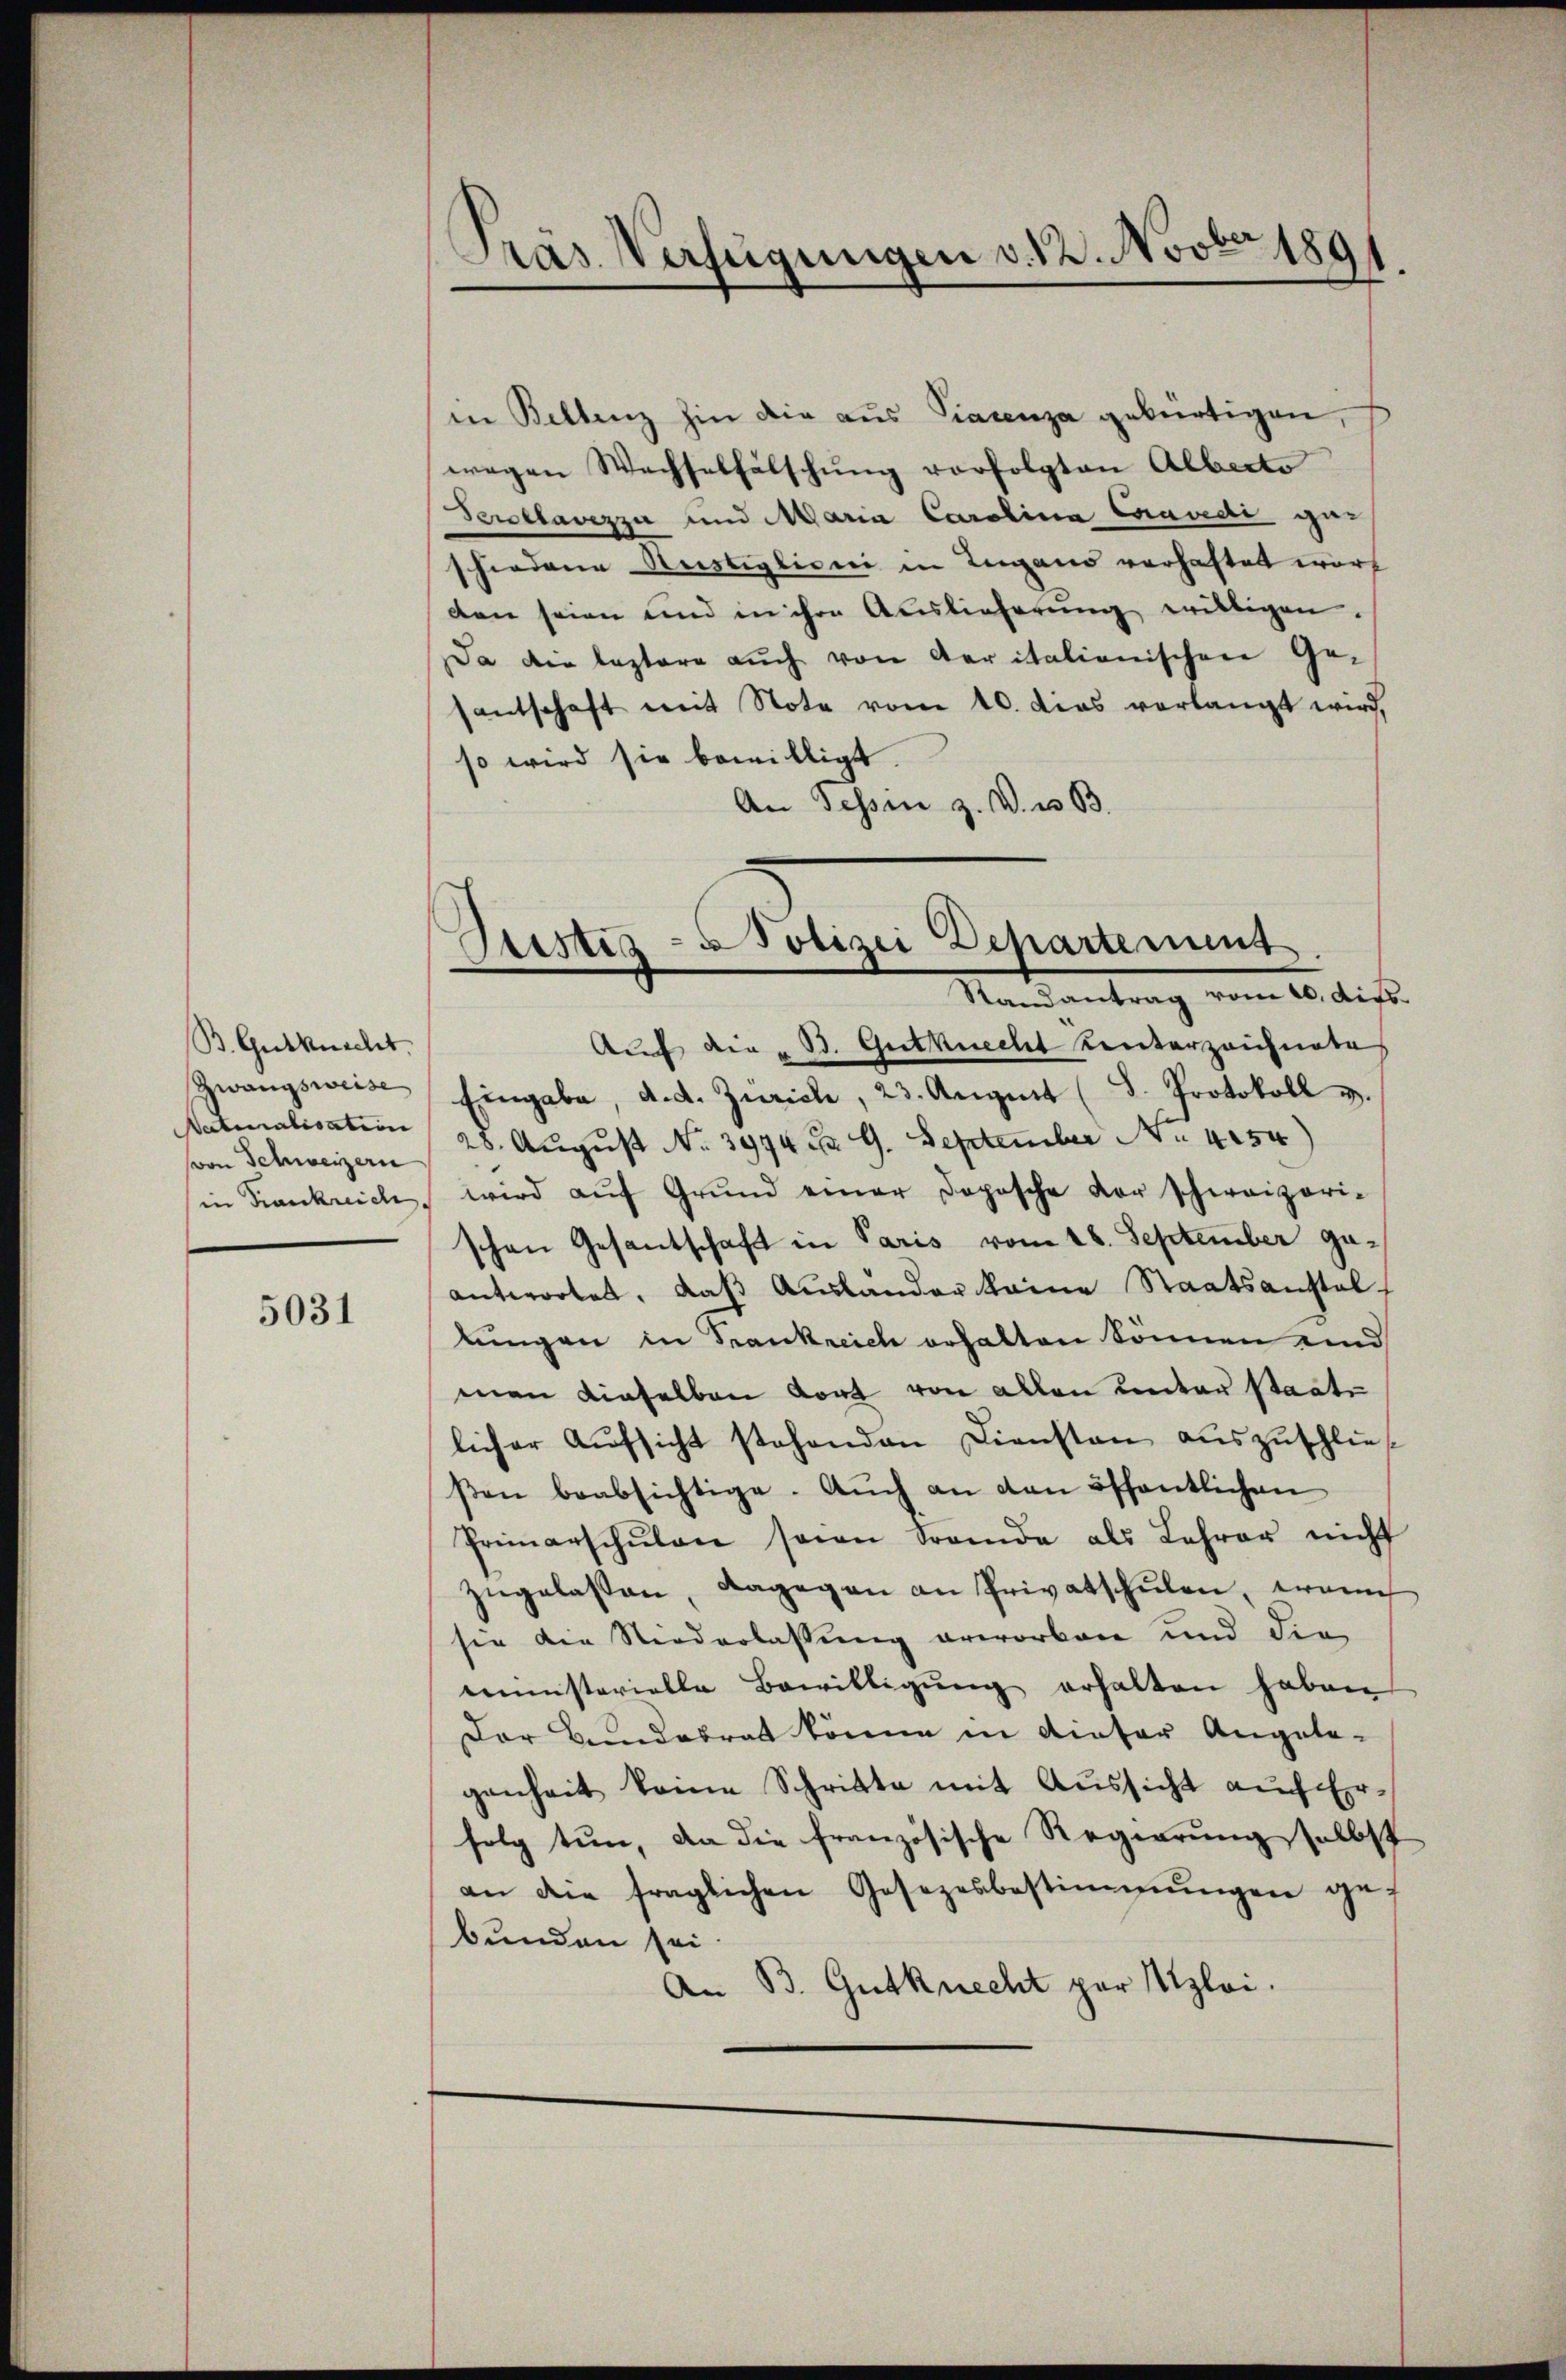
B. Gutknecht.
Zwangsweise
Naturalisation
von Schweizern

5031

Präs. Verfügungen v. 12. Novbr 1891

in Bellenz hin die aus Piacenza gebürtigen,
wegen Wechselfälschung vorfolgten Alberte
Perollavizza und Maria Carolina Cravedi geschiedene Restiglioni in Lugano verhaftet wort
den seien und in ihre Auslieferung willigen.
Da die leztere auch von Aaritalionischen Gesantschaft mit Note vom 10. dies verlangt wird,
so wird sie bewilligt.
An Tessin z. B. u. B.

Justis-Polizei Departement
Nams antrag vom 10. dist.

Auf die „B. Gutknecht Kenterzeichnetes
Eingabe, d. d. Zürich, 23. August (d. Protokoll u.
28. August No. 3974 dd 9. September No. 4154)
(in Frankreich, wird aŭf Grŭnd einer Dopische vor schweizeri-
schen Gesantschaft in Paris vom 18. September geantwortet, daß Ausländer keine Staatsanstallungen in Frankreich erhalten können und
man dieselben dort von allen Lentar Staate
licher Aŭfsicht stehenden Diensten aŭszŭschlies
βen beabsichtige. Auch an den öffentlichen
Primarschŭlen sein brande als Lehrer nicht
zugelassen, dagegen an Privatschulen, wenn
sie die Niederlassung erworben und die
ministerielle Bewilligung erhalten haben
Der Bundesrat könne in dieser Angele-
genheit keine Schritte mit Aussicht auch Er-
folg tun, da die französische Regierung selbst
an die fraglichen Gesezesbestimmungen gef
bunden sei
An B. Gutknecht per Szloi.